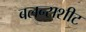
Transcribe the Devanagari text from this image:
बलन्सशीट